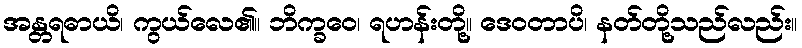
အန္တရဓာယိ၊ ကွယ်လေ၏။ ဘိက္ခဝေ၊ ရဟန်းတို့။ ဒေဝတာပိ၊ နတ်တို့သည်လည်း။